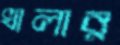
খালার